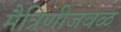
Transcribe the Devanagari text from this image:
मैत्रिणीजवळ